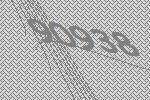
90938